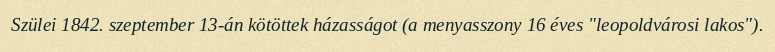
Szülei 1842. szeptember 13-án kötöttek házasságot (a menyasszony 16 éves "leopoldvárosi lakos").